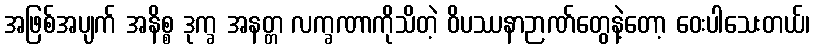
အဖြစ်အပျက် အနိစ္စ ဒုက္ခ အနတ္တ လက္ခဏာကိုသိတဲ့ ဝိပဿနာဉာဏ်တွေနဲ့တော့ ဝေးပါသေးတယ်၊